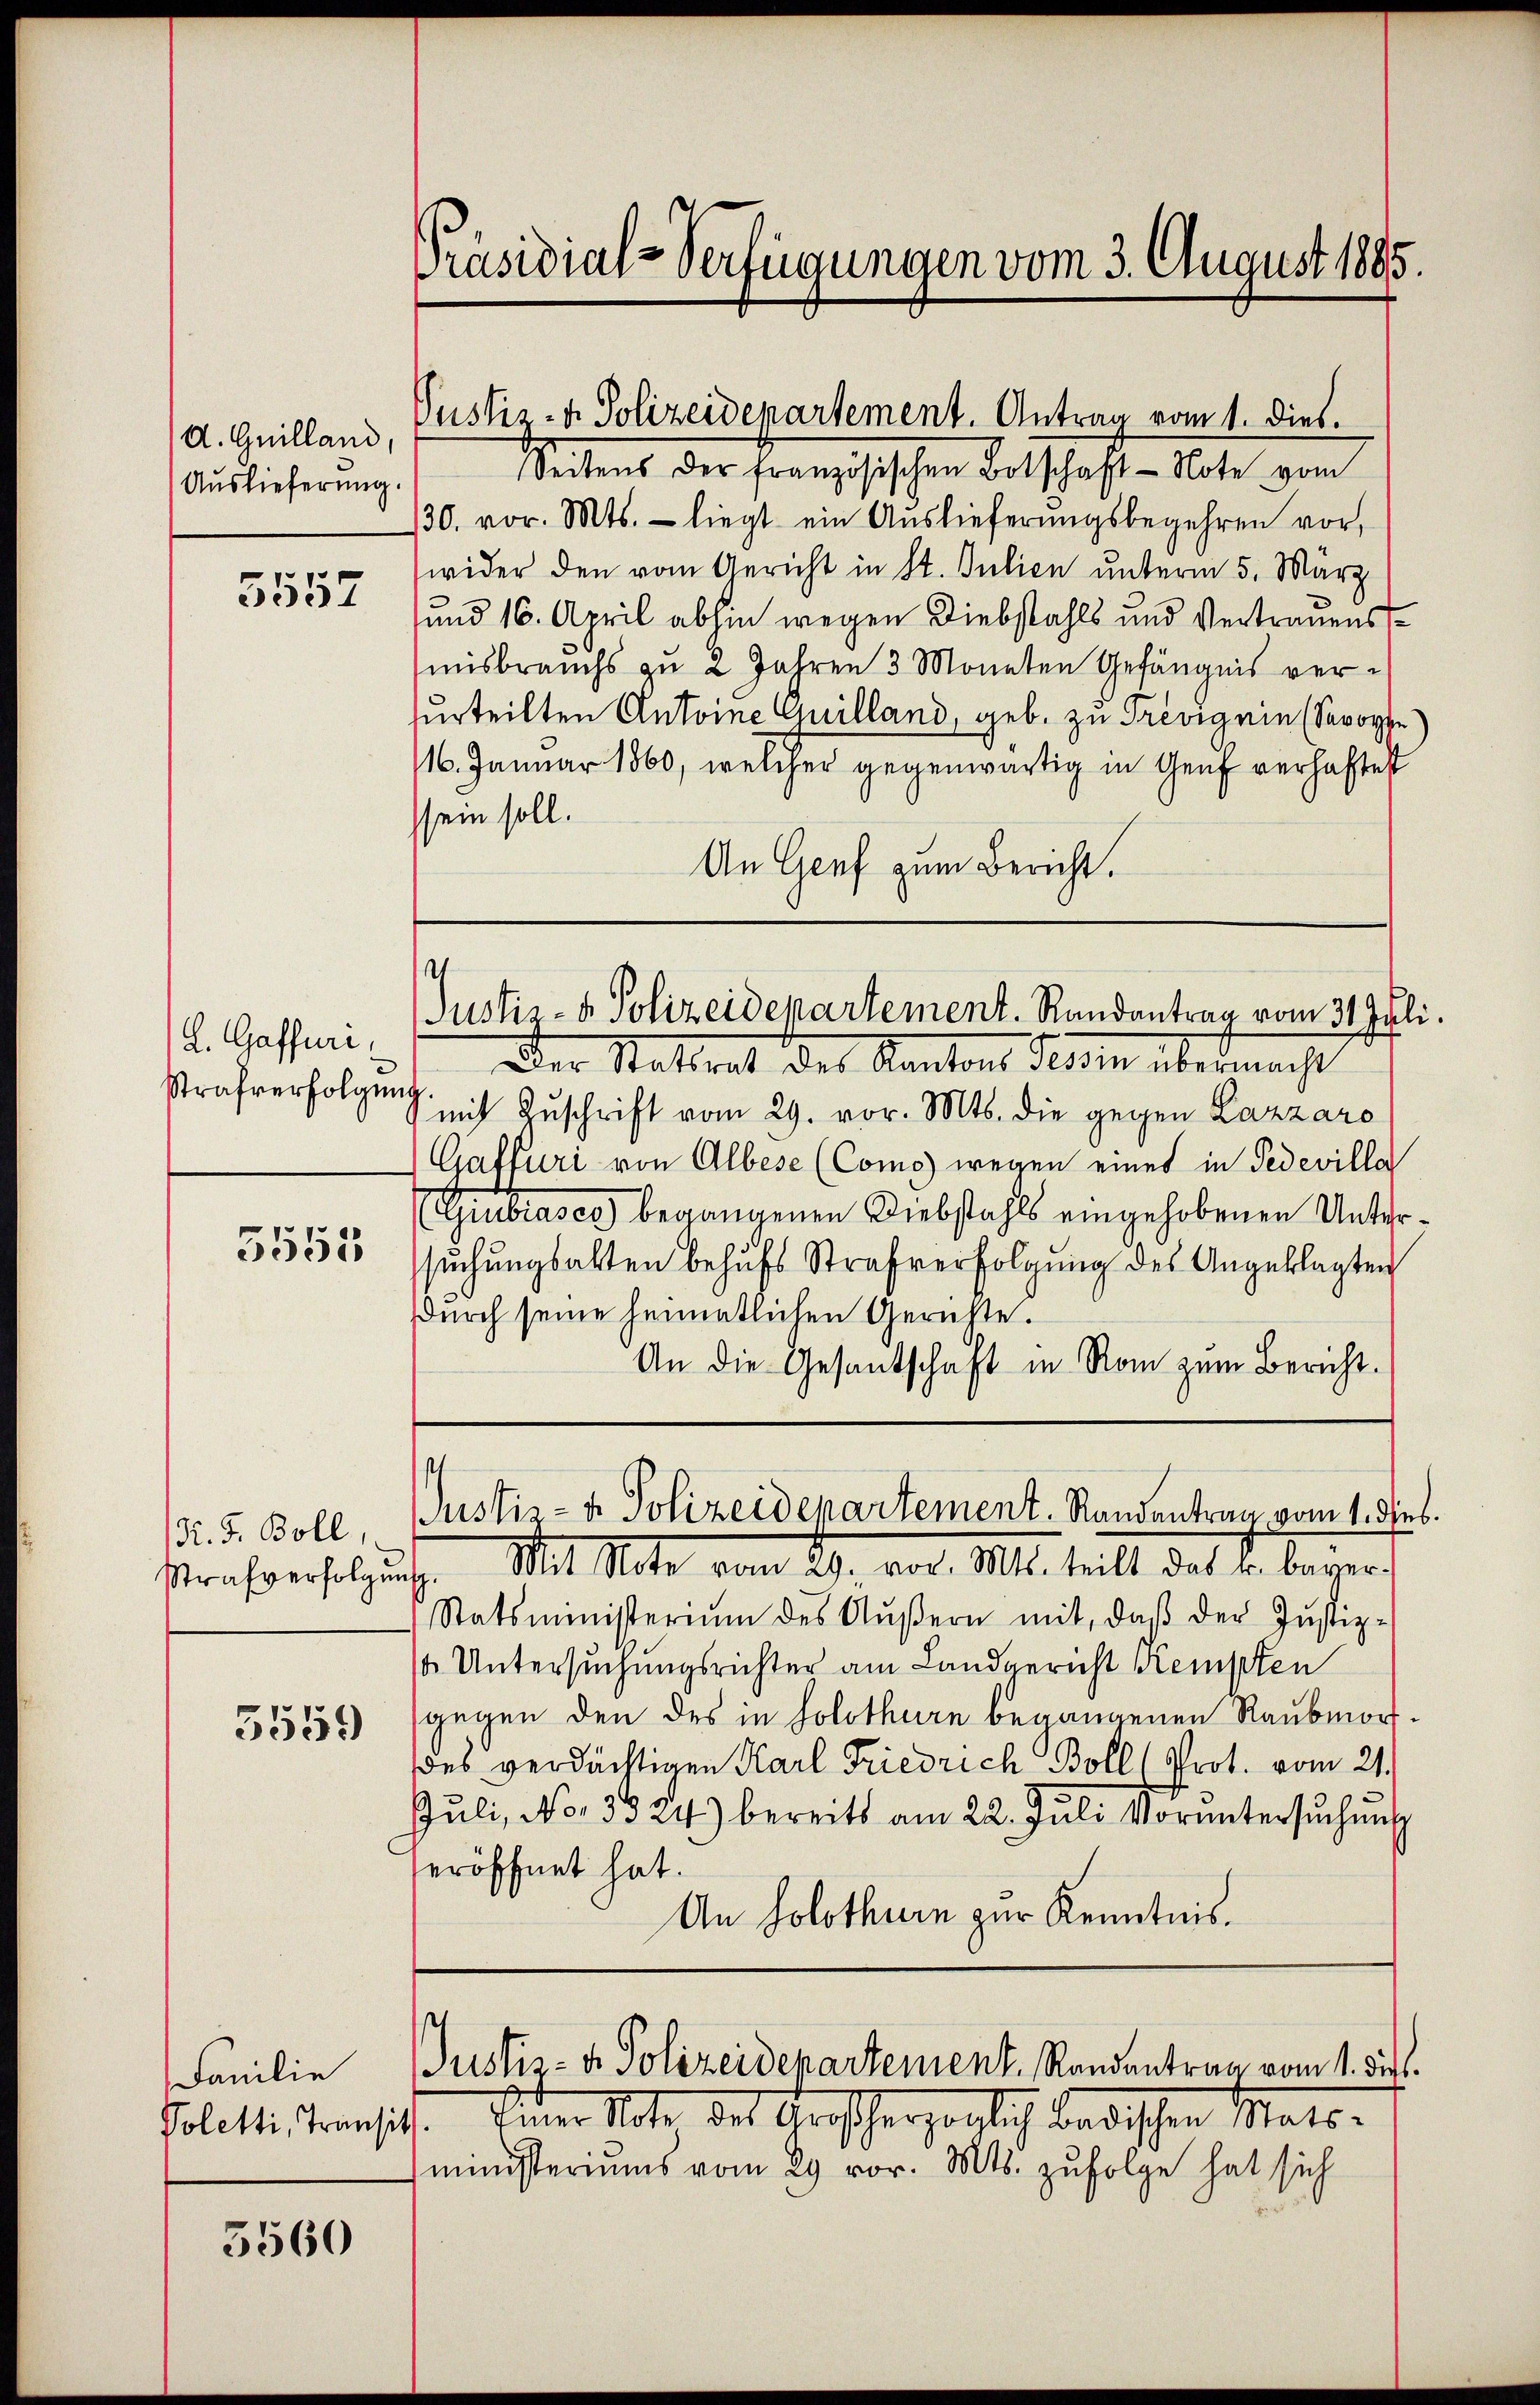
d. Guilland,
Auslieferung.

5557

L. Gaffuri,
Strafverfolgen

3555

N. F. Boll,

3559

Familie
Poletti, Transitz

5560

Präsidial-Verfügungen vom 3. August 1885.

Justiz- u. Polizeidepartement. Antrag vom 1. dies.

Seitens der französischen Botschaft - Note vom
130. vor. Mts. - liegt ein Auslieferŭngsbegehren vor,
wider den vom Gericht in St. Julien unterm 5. März
und 16. April abhin wegen Diebstahls und Vertrauensmisbrauchs zu 2 Jahren 3 Monaten Gefängnis versurteilten Antoine Guilland, geb. zu Predig ein (Savoye
16. Januar 1860, welcher gegenwärtig in Genf verhaftet
ssein soll.
An Genf zum Bericht.
Justiz- & Polizeidepartement. Randantrag vom 31. Juli,
Der Stattrat des Kantons Tessin übermacht
.
mit Zuschrift vom 29. vor. Mts. die gegen Lazzaro
Gatfuri von Albese (Coms wegen eines in Tedevilla
Giubiases begangenen Diebstahls eingehobenen Untersuchungsalten behufs Strafverfolgung des Angeklagten
durch seine heimatlichen Gerichte.
An die Gesandschaft in Rom zum Bericht.

strafverfolgung. Mit Note vom 29. vol. 1814. teilt das u. beger¬
Statsministerium des Aŭβern mit, daβ der Justiz-
1 Untersuchungsrichter am Landgericht Kempten
gegen den des in Solothurn begangenen Raubmorfdes verdächtigen Karl Friedrich Boll (Prot. vom 21.
Juli, No. 33 24) bereits am 22. Jŭli Voruntersŭchŭng
seröffnet hat.
An Solothurn zur Kenntnis.
Justiz- & Polizeidepartement. Randantrag vom 11. di
keiner Note des Großherzoglich badischen Matsministeriums vom 29 vor. Mts. zufolge hat sich

.
Justiz- & Polizeidepartement. Randantrag vom 1. Feb.